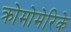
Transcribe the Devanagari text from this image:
क्रोमोमेरिके